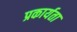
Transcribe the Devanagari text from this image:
प्रकार्यता